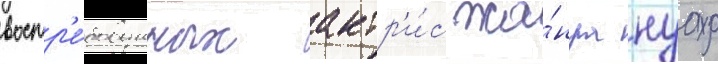
востр'е́бованных актр'и́с жа́нра нуар